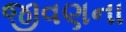
જીવણના